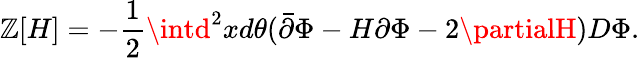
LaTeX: \mathbb{Z}[H]=-\frac{{1}}{{2}}\intd^{2}xd\theta(\bar{{\partial}}\Phi-H\partial\Phi-2\partialH)D\Phi.